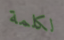
لكلمة